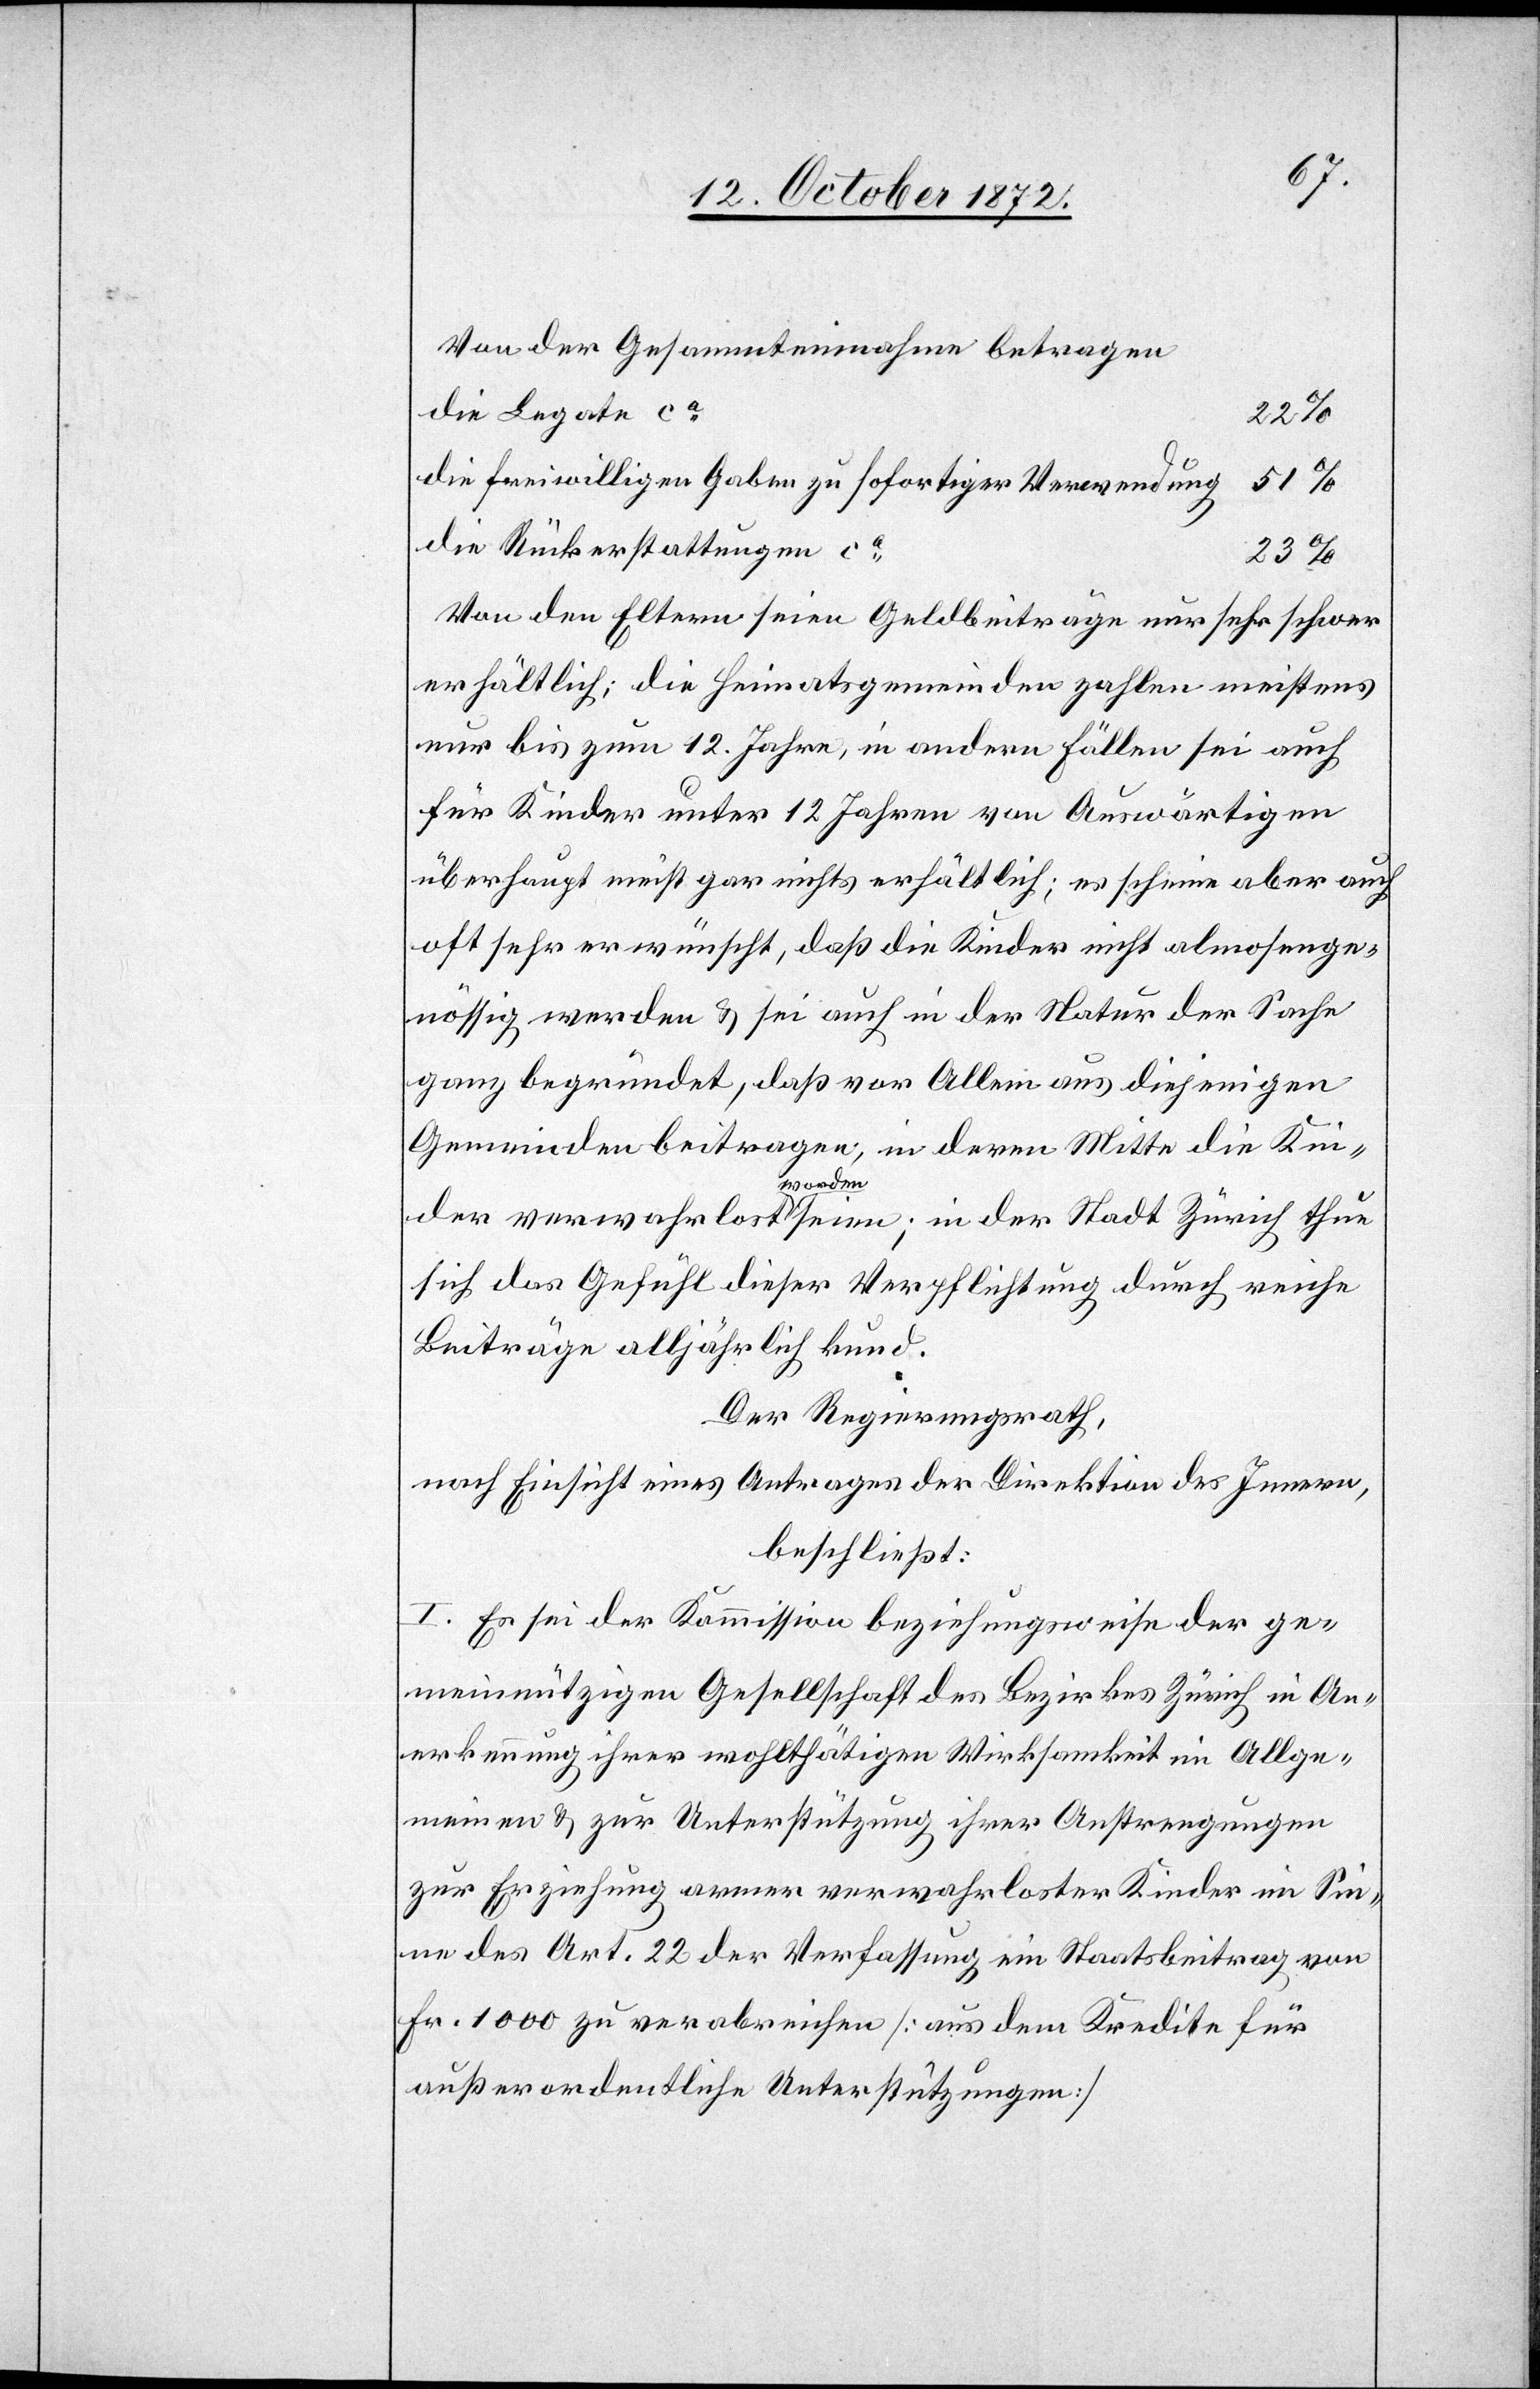
Von der Gesammteinnahme betragen
die Legate ca
22%
die freiwilligen Gaben zu sofortiger Verwendung
51%
die Rückerstattungen ca
Von den Eltern seien Geldbeiträge nur sehr schwer
erhältlich; die Heimatsgemeinden zahlen meistens
nur bis zum 12. Jahre, in andern Fällen sei auch
für Kinder unter 12 Jahren von Auswärtigen
überhaupt meist gar nichts erhältlich; es scheine aber auch
oft sehr erwünscht, daß die Kinder nicht almosenge¬
nössig werden u. sei auch in der Natur der Sache
ganz unbegründet, daß vor Allem aus diejenigen
Gemeinden beitragen, in deren Mitte die Kin¬
der verwahrlost worden seien; in der Stadt Zürich thue
sich das Gefühl dieser Verpflichtung durch reiche
Beiträge alljährlich kund.
Der Regierungsrath,
nach Einsicht eines Antrages der Direktion des Innern,
beschließt:
I. Es sei der Kommission beziehungsweise der ge¬
meinnützigen Gesellschaft des Bezirkes Zürich in An¬
erkennung ihrer wohlthätigen Wirksamkeit im Allge¬
meinen u. zur Unterstützung ihrer Anstrengungen
zur Erziehung armer verwahrloster Kinder im Sin¬
ne des Art. 22 der Verfassung ein Staatsbeitrag von
Fr. 1000 zu verabreichen [aus dem Kredite für
außerordentliche Unterstützungen]